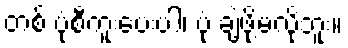
တစ် ပုံစီကူးပေးပါ၊ ပုံ ချဲ့ဖို့မလိုဘူး။